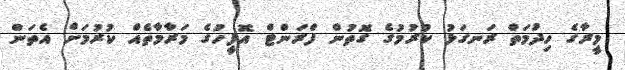
މީރާގެ ހިދުމަތް ރަނގަޅު ކުރުމުގެ ގޮތުން ފްރަންޓް އޮފީހުގެ މަރާމާތެއް ކުރުމަށް އެތަން